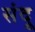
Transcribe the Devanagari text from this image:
संदू